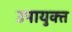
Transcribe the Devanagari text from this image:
उपायुक्‍त